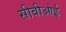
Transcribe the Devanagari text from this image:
सीबीओई